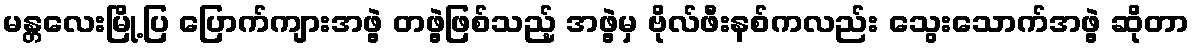
မန္တလေးမြို့ပြ ပြောက်ကျားအဖွဲ့ တဖွဲ့ဖြစ်သည့် အဖွဲ့မှ ဗိုလ်ဖီးနစ်ကလည်း သွေးသောက်အဖွဲ့ ဆိုတာ